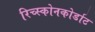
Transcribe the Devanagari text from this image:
रिच्स्कोनकोर्डाट